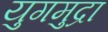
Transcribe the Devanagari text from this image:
युगमुद्रा